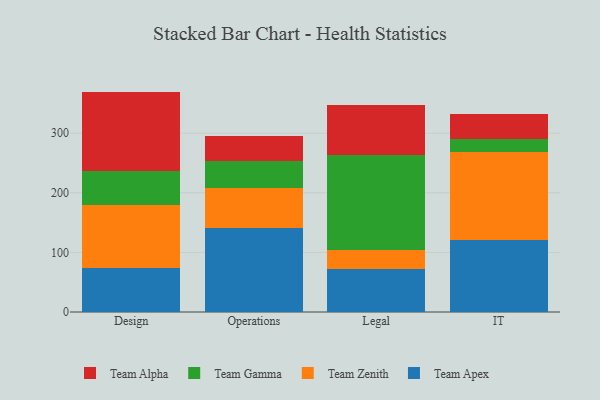
{"axis": {"x": "Department", "y": "Active Users"}, "legend": ["Team Alpha", "Team Apex", "Team Gamma", "Team Zenith"], "data": [{"x": "Design", "y": 74.0, "type": "Team Apex"}, {"x": "Design", "y": 106.2, "type": "Team Zenith"}, {"x": "Design", "y": 56.7, "type": "Team Gamma"}, {"x": "Design", "y": 132.9, "type": "Team Alpha"}, {"x": "Operations", "y": 140.2, "type": "Team Apex"}, {"x": "Operations", "y": 68.5, "type": "Team Zenith"}, {"x": "Operations", "y": 44.5, "type": "Team Gamma"}, {"x": "Operations", "y": 41.3, "type": "Team Alpha"}, {"x": "Legal", "y": 72.5, "type": "Team Apex"}, {"x": "Legal", "y": 30.7, "type": "Team Zenith"}, {"x": "Legal", "y": 159.4, "type": "Team Gamma"}, {"x": "Legal", "y": 84.3, "type": "Team Alpha"}, {"x": "IT", "y": 120.7, "type": "Team Apex"}, {"x": "IT", "y": 147.3, "type": "Team Zenith"}, {"x": "IT", "y": 23.0, "type": "Team Gamma"}, {"x": "IT", "y": 41.9, "type": "Team Alpha"}]}